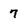
Character: 7